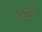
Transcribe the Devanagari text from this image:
श्याल